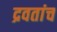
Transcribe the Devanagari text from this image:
द्रवतांच